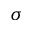
\boldsymbol { \sigma }